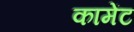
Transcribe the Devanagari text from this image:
कामेंट